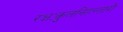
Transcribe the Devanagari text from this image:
रक्षःकुलनिहन्तारौ